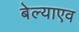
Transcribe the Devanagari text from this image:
बेल्याएव